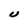
Character: U